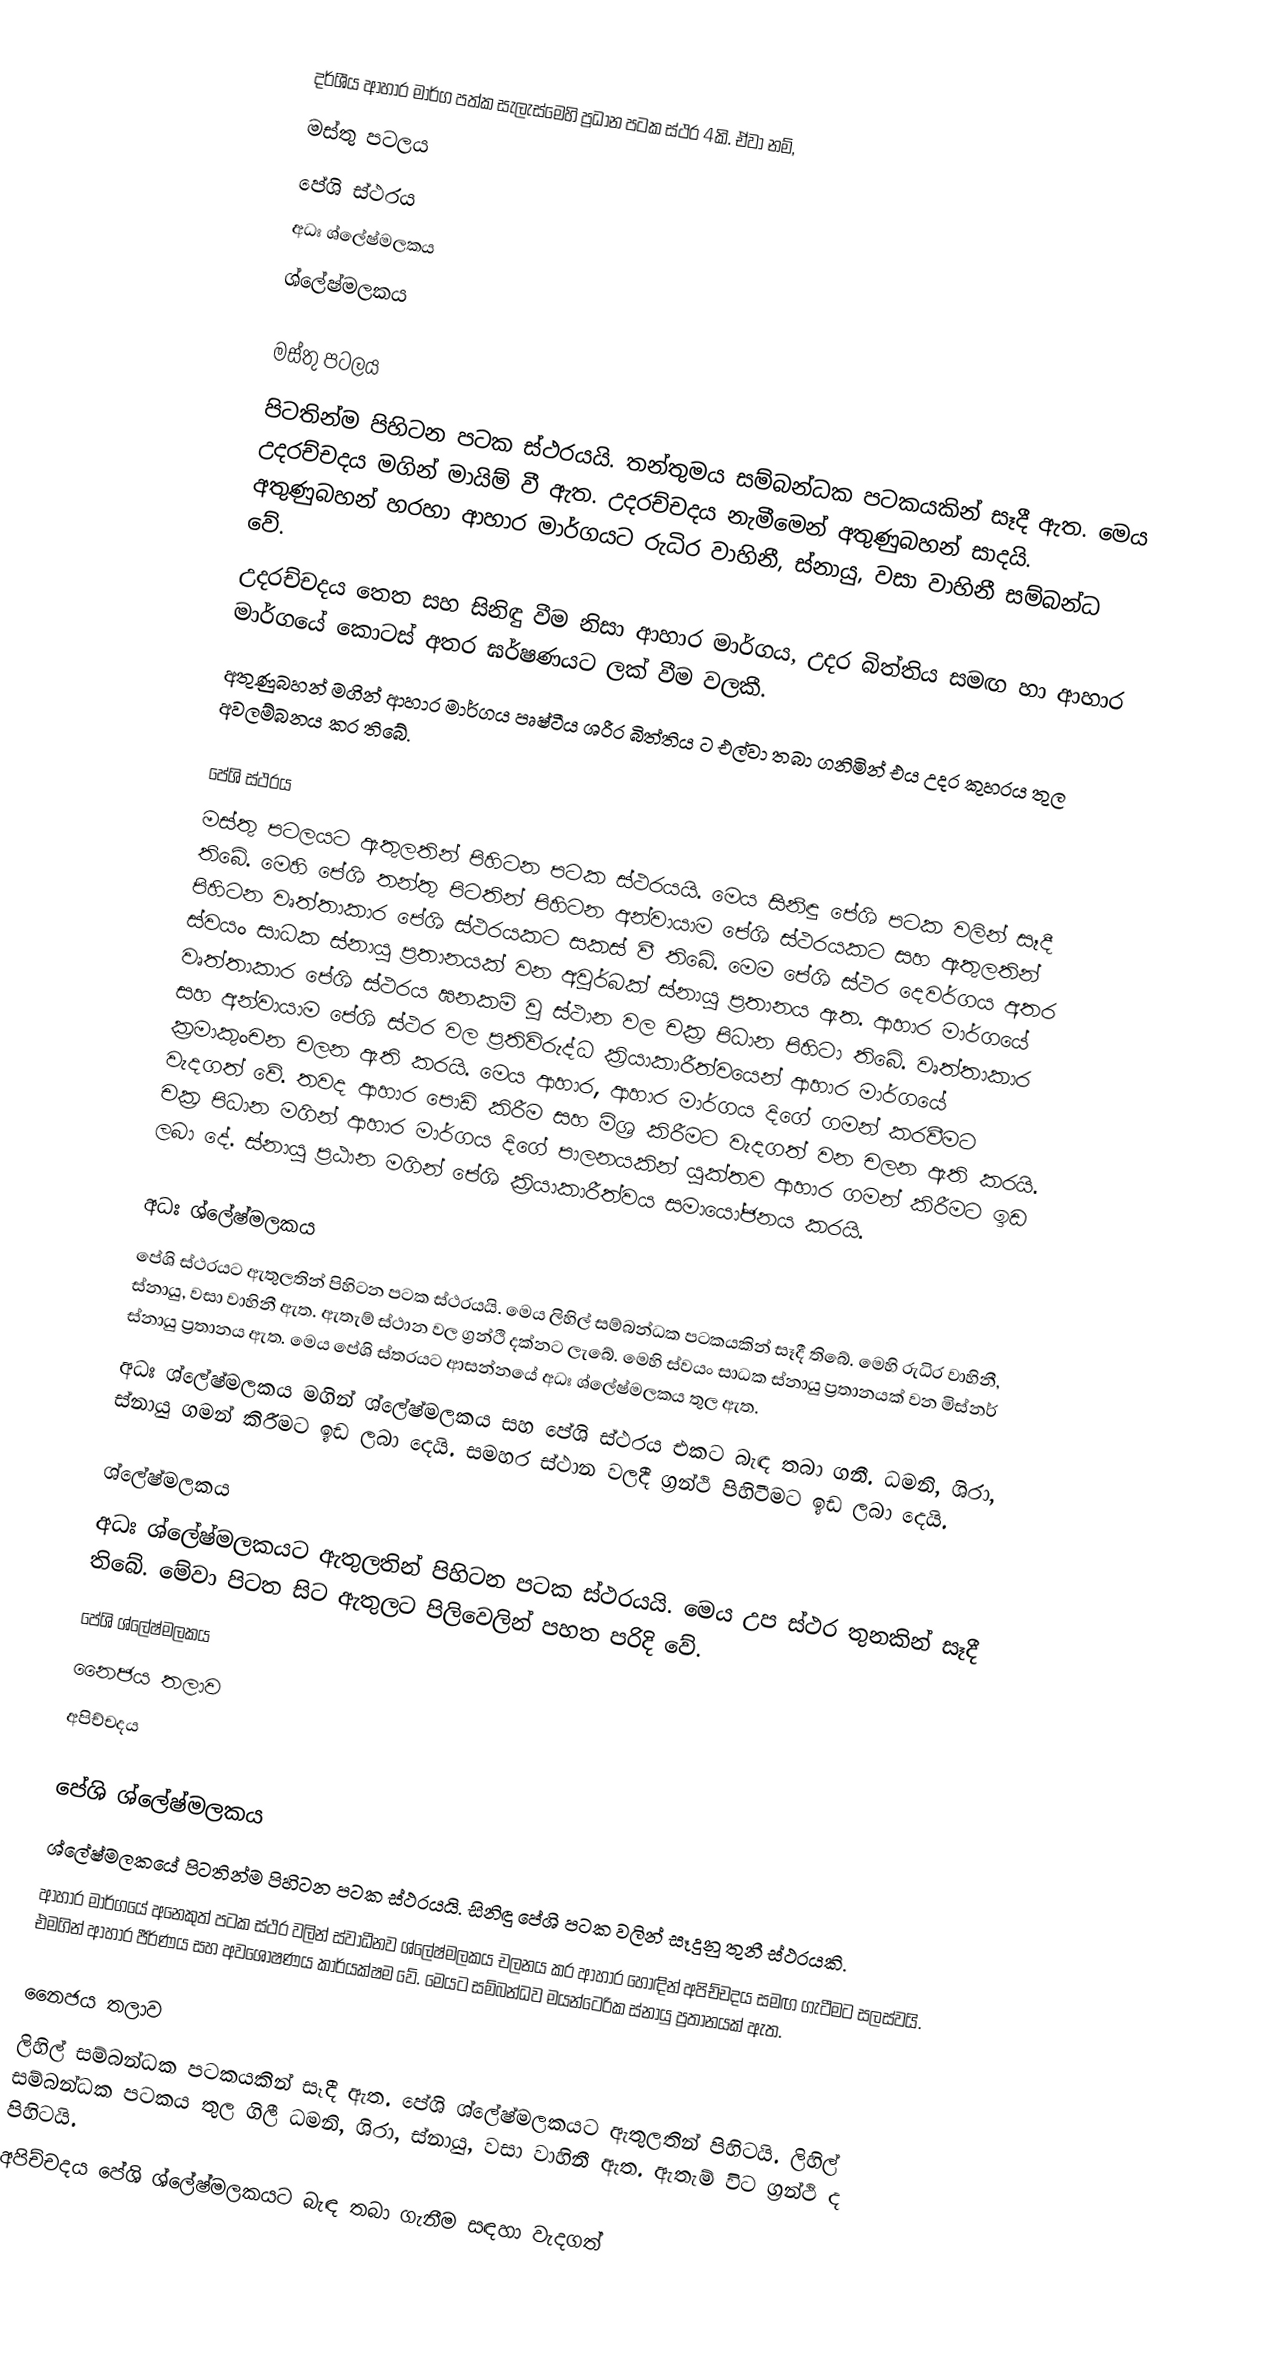
දර්ශීය ආහාර මාර්ග පත්ක සැලැස්මෙහි ප්‍රධාන පටක ස්ථර 4කි. ඒවා නම්,
මස්තු පටලය
පේශි ස්ථරය
අධඃ ශ්ලේෂ්මලකය
ශ්ලේෂ්මලකය

මස්තු පටලය
පිටතින්ම පිහිටන පටක ස්ථරයයි. තන්තුමය සම්බන්ධක පටකයකින් සෑදී ඇත. මෙය උදරච්චදය මගින් මායිම් වී ඇත. උදරච්චදය නැමීමෙන් අතුණුබහන් සාදයි. අතුණුබහන් හරහා ආහාර මාර්ගයට රුධිර වාහිනී, ස්නායු, වසා වාහිනී සම්බන්ධ වේ.
උදරච්චදය තෙත සහ සිනිඳු වීම නිසා ආහාර මාර්ගය, උදර බිත්තිය සමඟ හා ආහාර මාර්ගයේ කොටස් අතර ඝර්ෂණයට ලක් වීම වලකී.
අතුණුබහන් මගින් ආහාර මාර්ගය පෘෂ්ටීය ශරීර බිත්තිය ට එල්වා තබා ගනිමින් එය උදර කුහරය තුල අවලම්බනය කර තිබේ.

පේශි ස්ථරය
මස්තු පටලයට ඇතුලතින් පිහිටන පටක ස්ථරයයි. මෙය සිනිඳු පේශි පටක වලින් සෑදී තිබේ. මෙහි පේශි තන්තු පිටතින් පිහිටන අන්වායාම පේශි ස්ථරයකට සහ ඇතුලතින් පිහිටන වෘත්තාකාර පේශි ස්ථරයකට සකස් වී තිබේ. මෙම පේශි ස්ථර දෙවර්ගය අතර ස්වයං සාධක ස්නායු ප්‍රතානයක් වන අවුර්බක් ස්නායු ප්‍රතානය ඇත. ආහාර මාර්ගයේ වෘත්තාකාර පේශි ස්ථරය ඝනකම් වූ ස්ථාන වල චක්‍ර පිධාන පිහිටා තිබේ. වෘත්තාකාර සහ අන්වායාම පේශි ස්ථර වල ප්‍රතිවිරුද්ධ ක්‍රියාකාරීත්වයෙන් ආහාර මාර්ගයේ ක්‍රමාකුංචන චලන ඇති කරයි. මෙය ආහාර, ආහාර මාර්ගය දිගේ ගමන් කරවීමට වැදගත් වේ. තවද ආහාර පොඩි කිරීම සහ මිශ්‍ර කිරීමට වැදගත් වන චලන ඇති කරයි. චක්‍ර පිධාන මගින් ආහාර මාර්ගය දිගේ පාලනයකින් යුක්තව ආහාර ගමන් කිරීමට ඉඩ ලබා දේ. ස්නායු ප්‍රඨාන මගින් පේශි ක්‍රියාකාරීත්වය සමායෝජනය කරයි.

අධඃ ශ්ලේෂ්මලකය
පේශි ස්ථරයට ඇතුලතින් පිහිටන පටක ස්ථරයයි. මෙය ලිහිල් සම්බන්ධක පටකයකින් සෑදී තිබේ. මෙහි රුධිර වාහිනී, ස්නායු, වසා වාහිනී ඇත. ඇතැම් ස්ථාන වල ග්‍රන්ථි දක්නට ලැබේ. මෙහි ස්වයං සාධක ස්නායු ප්‍රතානයක් වන මිස්නර් ස්නායු ප්‍රතානය ඇත. මෙය පේශි ස්තරයට ආසන්නයේ අධඃ ශ්ලේෂ්මලකය තුල ඇත.
අධඃ ශ්ලේෂ්මලකය මගින් ශ්ලේෂ්මලකය සහ පේශි ස්ථරය එකට බැඳ තබා ගනී. ධමනි, ශිරා, ස්නායු ගමන් කිරීමට ඉඩ ලබා දෙයි. සමහර ස්ථාන වලදී ග්‍රන්ථි පිහිටීමට ඉඩ ලබා දෙයි.

ශ්ලේෂ්මලකය
අධඃ ශ්ලේෂ්මලකයට ඇතුලතින් පිහිටන පටක ස්ථරයයි. මෙය උප ස්ථර තුනකින් සෑදී තිබේ. මේවා පිටත සිට ඇතුලට පිලිවෙලින් පහත පරිදි වේ.
පේශි ශ්ලේෂ්මලකය
නෛජය තලාව
අපිච්චදය

පේශි ශ්ලේෂ්මලකය
ශ්ලේෂ්මලකයේ පිටතින්ම පිහිටන පටක ස්ථරයයි. සිනිඳු පේශි පටක වලින් සෑදුනු තුනී ස්ථරයකි.
ආහාර මාර්ගයේ අනෙකුත් පටක ස්ථර වලින් ස්වාධීනව ශ්ලේෂ්මලකය චලනය කර ආහාර හොඳින් අපිච්චදය සමඟ ගැටීමට සලස්වයි. එමගින් ආහාර ජීර්ණය සහ අවශෝෂණය කාර්යක්ෂම වේ. මෙයට සම්බන්ධව මයන්ටෙරික ස්නායු ප්‍රතානයක් ඇත.

නෛජය තලාව
ලිහිල් සම්බන්ධක පටකයකින් සෑදී ඇත. පේශි ශ්ලේෂ්මලකයට ඇතුලතින් පිහිටයි. ලිහිල් සම්බන්ධක පටකය තුල ගිලී ධමනි, ශිරා, ස්නායු, වසා වාහිනී ඇත. ඇතැම් විට ග්‍රන්ථි ද පිහිටයි.
අපිච්චදය පේශි ශ්ලේෂ්මලකයට බැඳ තබා ගැනීම සඳහා වැදගත්